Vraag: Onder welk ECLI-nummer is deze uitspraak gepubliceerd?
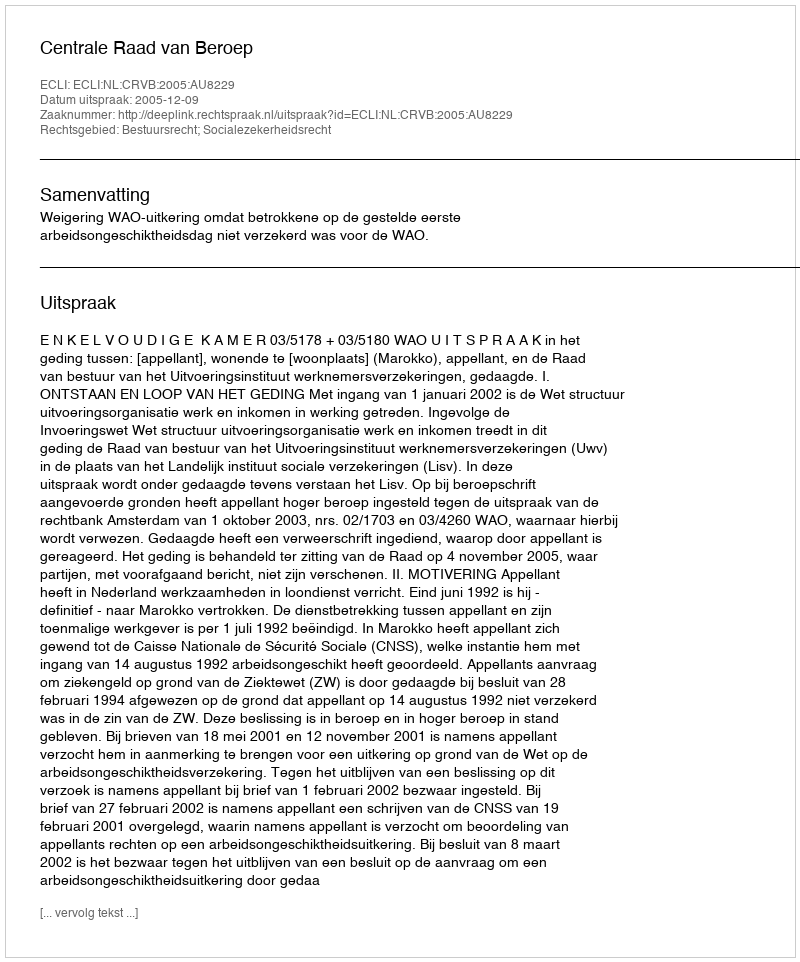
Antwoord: ECLI:NL:CRVB:2005:AU8229